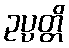
ဥပ္ပတ္တိ